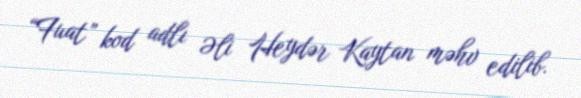
“Fuat” kod adlı Əli Heydər Kaytan məhv edilib.